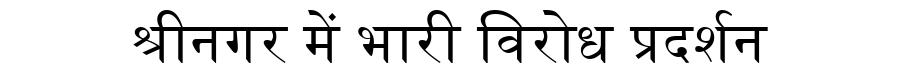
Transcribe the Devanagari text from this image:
श्रीनगर में भारी विरोध प्रदर्शन